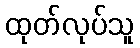
ထုတ်လုပ်သူ